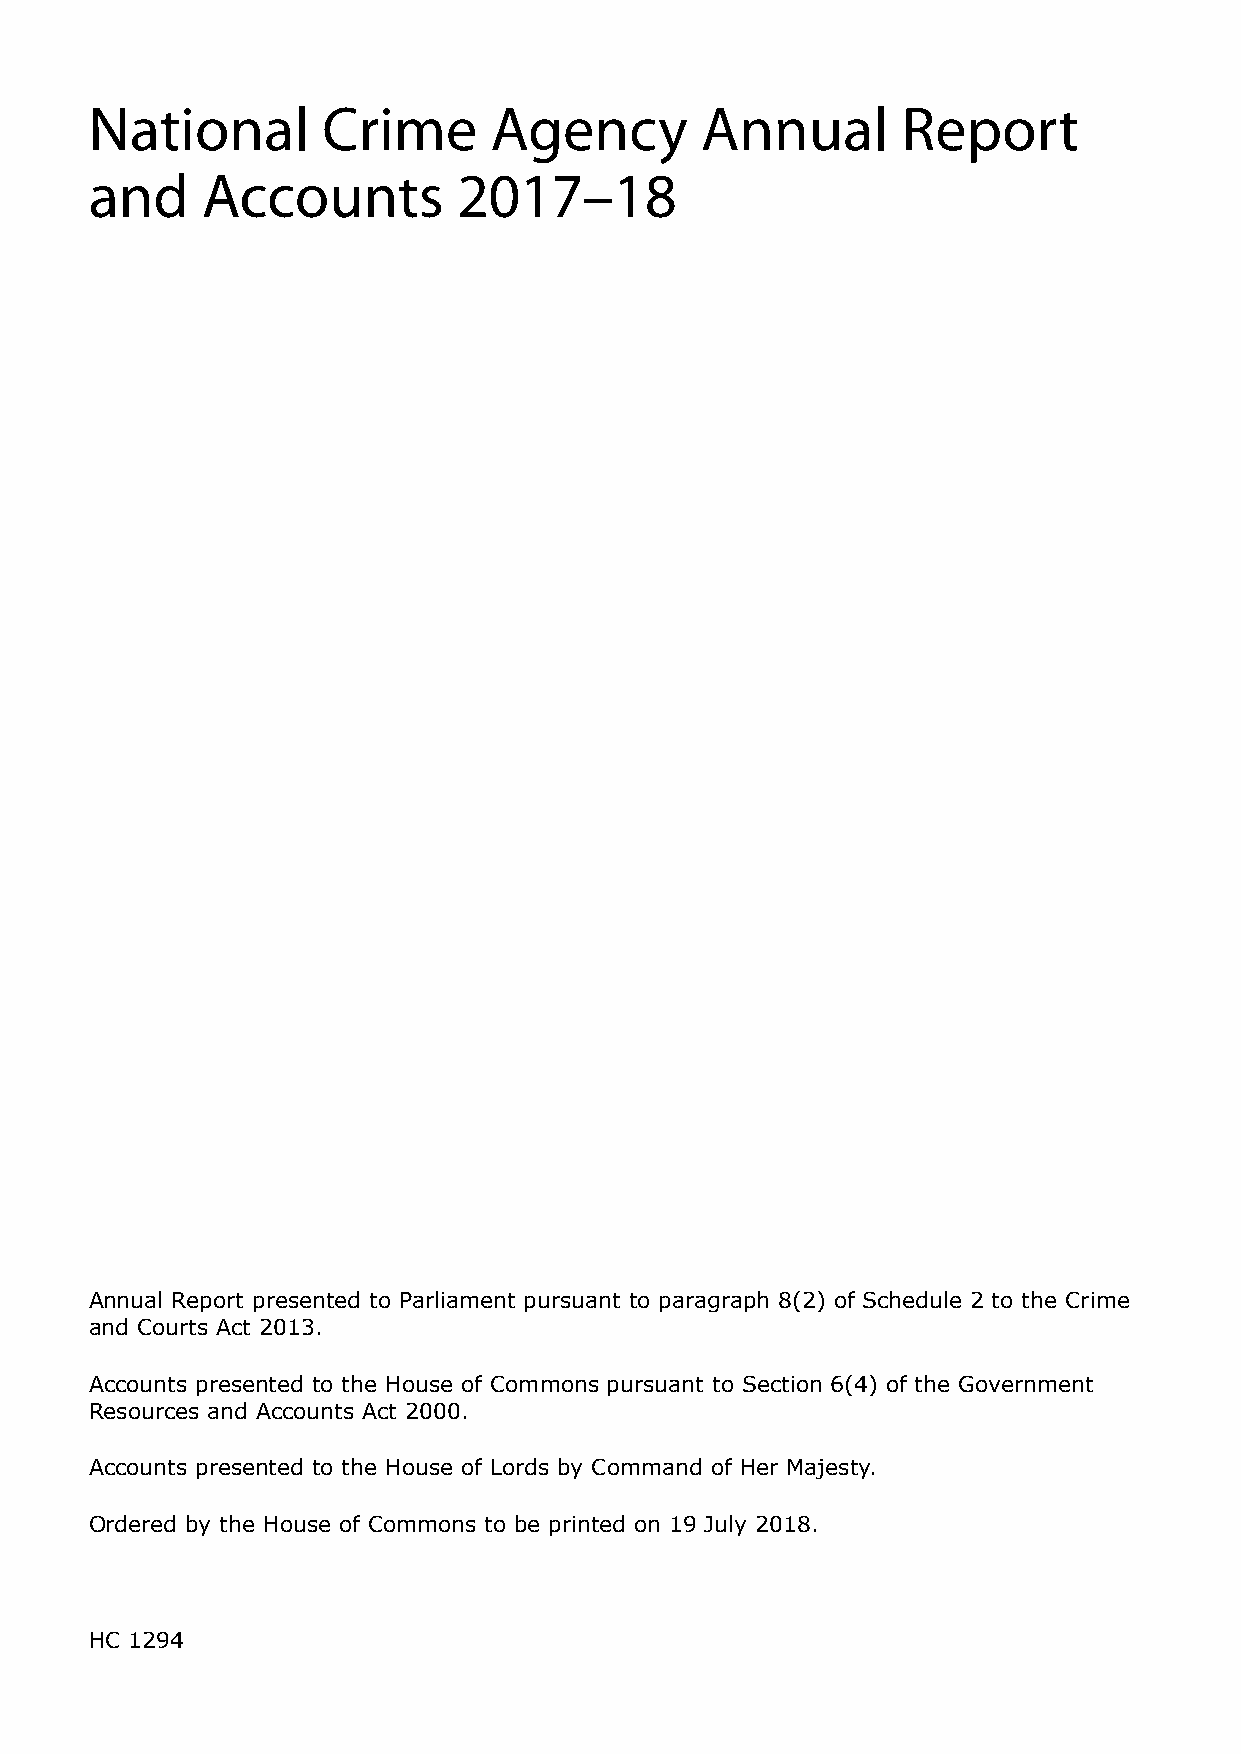
National       Crime      Agency        Annual        Report
 and    Accounts         2017–18
 Annual Report presented to Parliament pursuant to paragraph 8(2) of Schedule 2 to the Crime
 and Courts Act 2013.
 Accounts presented to the House of Commons pursuant to Section 6(4) of the Government
 Resources and Accounts Act 2000.
 Accounts presented to the House of Lords by Command of Her Majesty.
 Ordered by the House of Commons to be printed on 19 July 2018.
 HC 1294